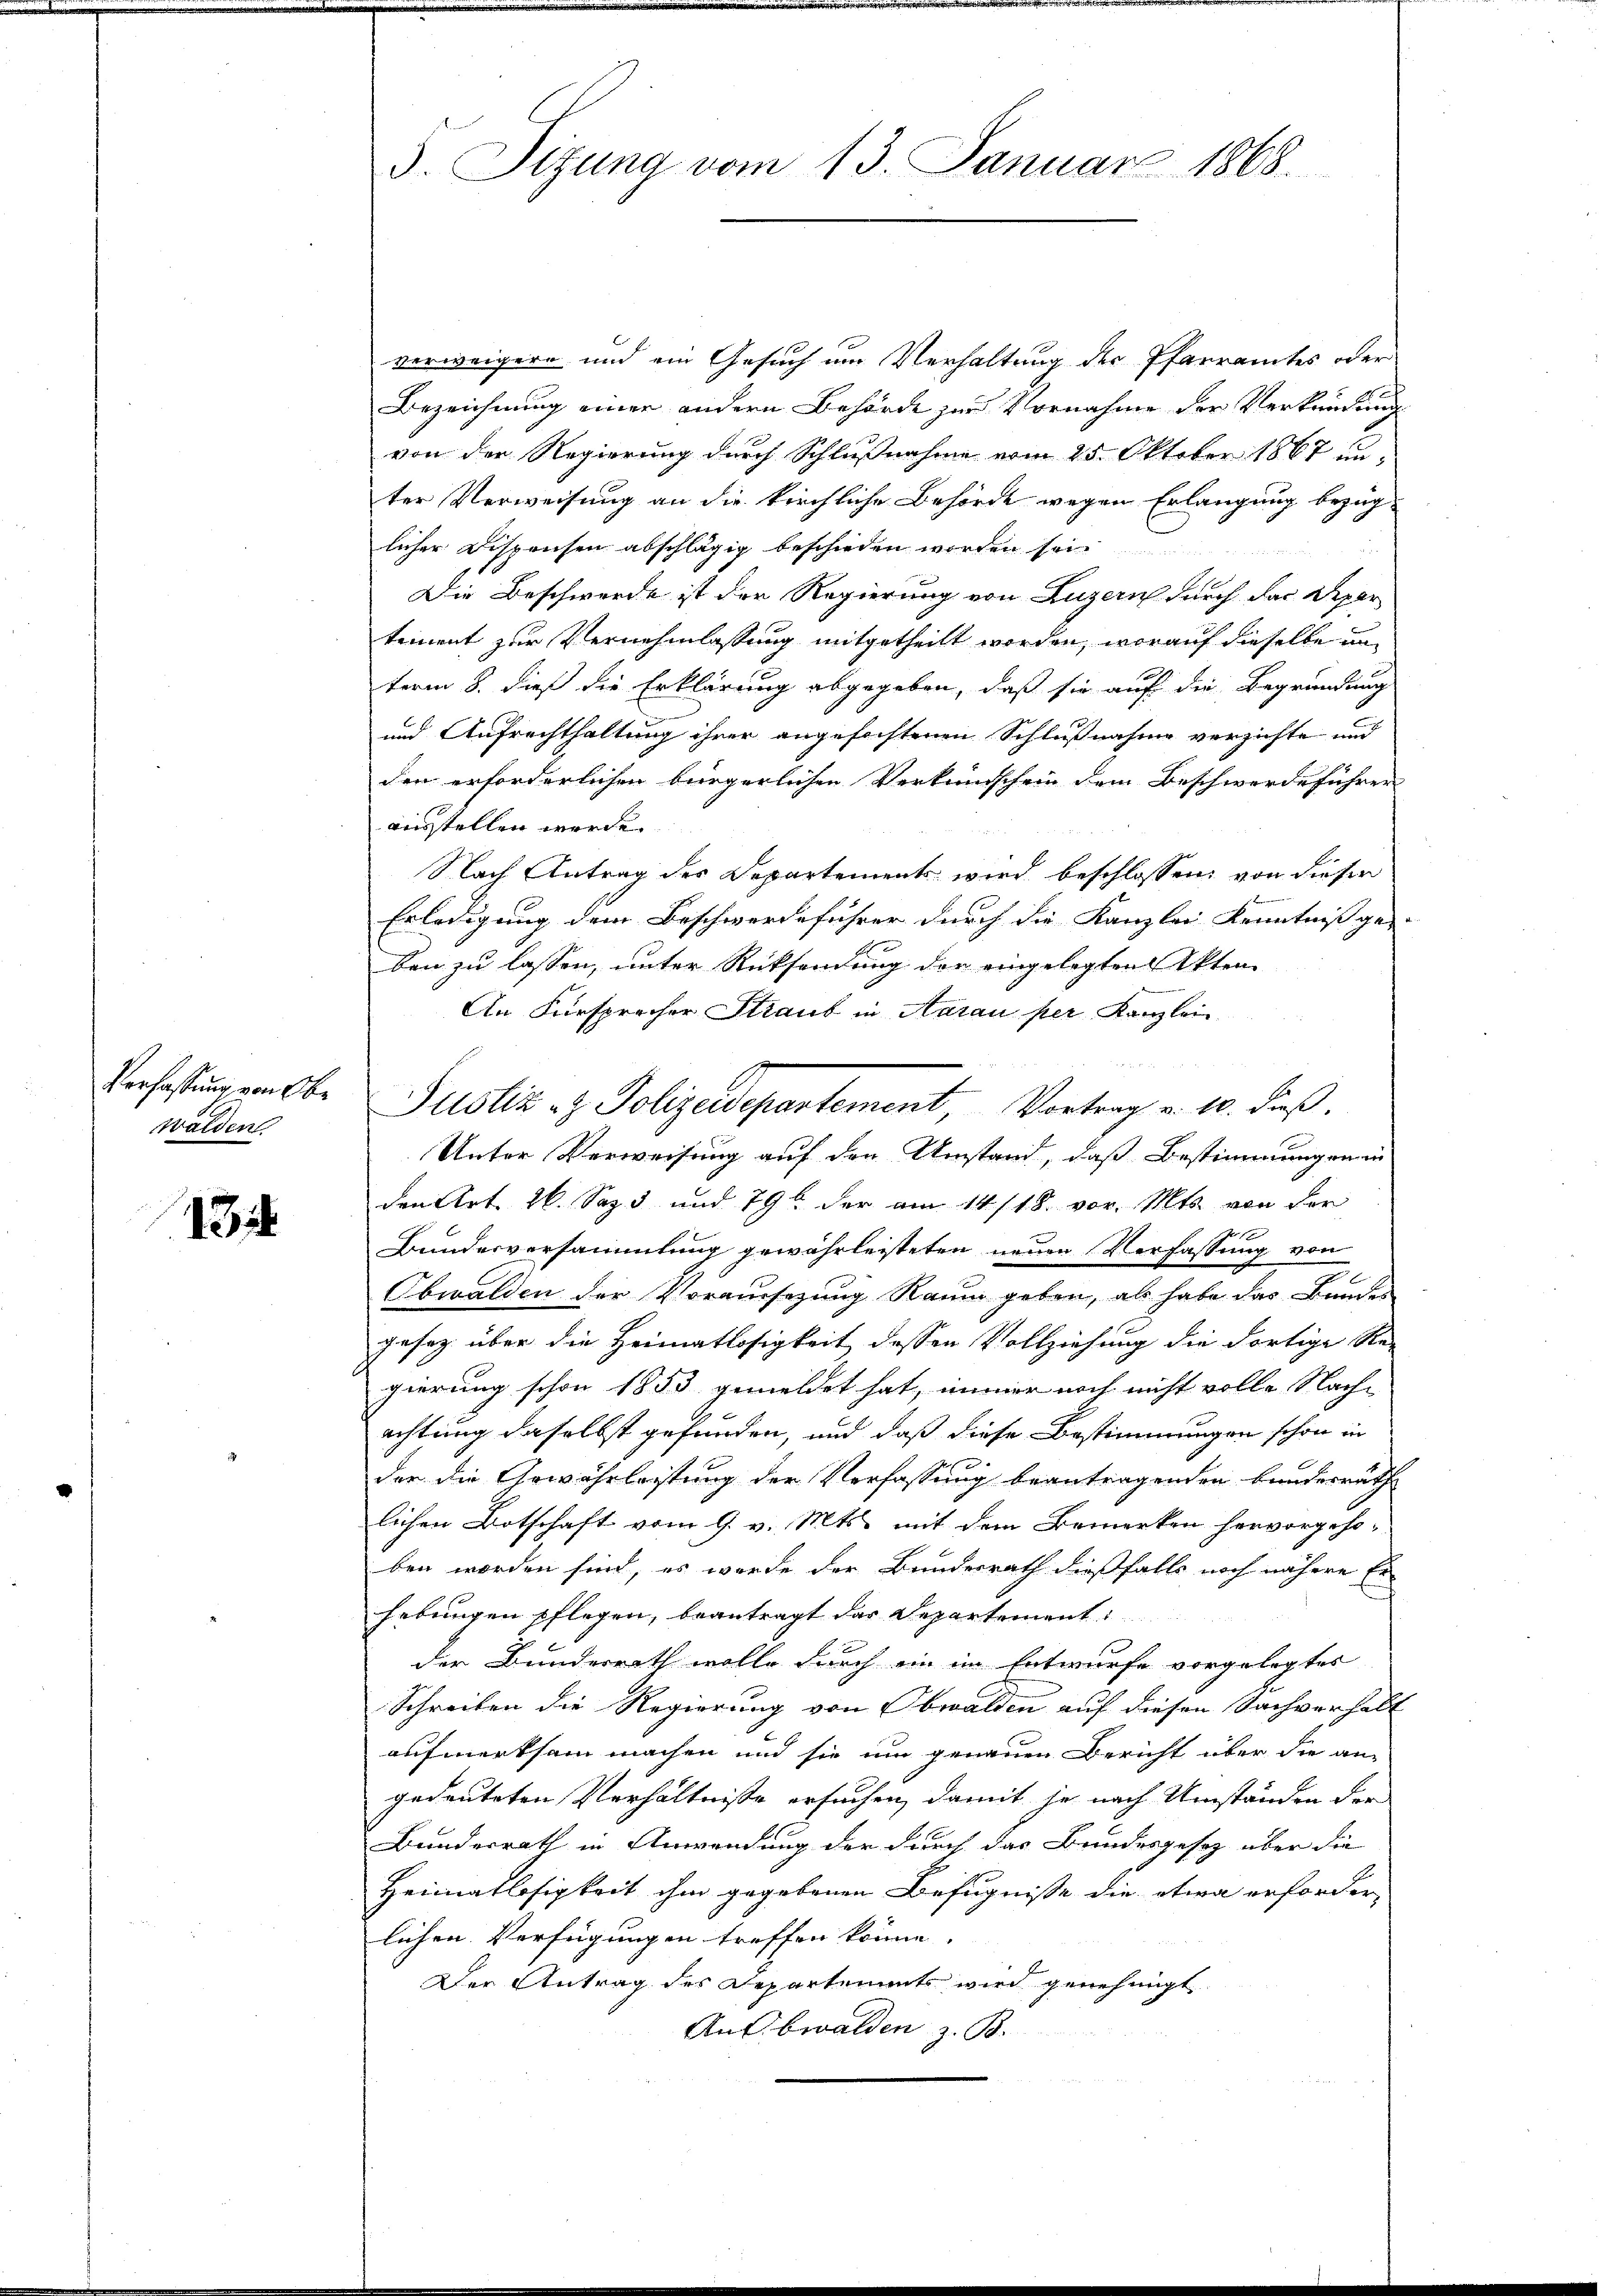
Verfassung von Obe
waldent.

134

5. Sitzung vom 13. Januar 1868.

verweigern und ein Gesuch um Verhaltung der Pfarramtes oder
Bezeichnung einer andern Behörde zur Vornahme der Verkennung
von der Regierung durch Schlußnahme vom 25. Oktober 1867 u.
ter Verweisung an die kirchliche Behörde wegen Erlangung bezüg-
licher Dispensen abschlägig beschieden worden sein

Die Beschwerde ist der Regierung von Luzern durch das Depar
tement zur Vernehmlassung mitgetheilt worden, worauf dieselbe unterm 8. dieß die Erklärung abgegeben, daß sie auf die Begründung
und Aufrechthaltung ihrer angefochtenen Schlußnahme verzichte und
den erforderlichen bürgerlichen Verkündschein dem Beschwerdeführen |
ausstellen werde.
Nach Antrag des Departements wird beschlossen, von dieser
Erledigung dem Beschwerdeführer durch die Kanzlei Kenntniss ge- |
ben zu lassen, unter Rücksendung der eingelegten Akten
An Fürsprecher Straub in Aarau per Kanzlei
Justiz - Polizeidepartement, Vortrag v. 10. dieß.
Unter Verweisung auf den Umstand, daß Bestimmungen in
den Art. 26. Sep. 3 und 79 der am 14./18. vor. Mts. von der
Bundesversammlung gewährleisteten neuen Verfassung von
Obwalden der Voraussezung Raum geben, als habe das Bundes
gesetz über die Heimatlosigkeit dessen Vollziehung die dortige Re-
gierung schon 1853 gemeldet hat, immer noch nicht volle Nach-
achtung daselbst gefunden, und daß diese Bestimmungen schon in
der die Gewährleistung der Verfassung beantragenden Bundesräth
lichen Botschaft vom 9. v. Mts. mit dem Bemerken hervorgehoben worden sind, es werde der Bundesrath dießfalls noch nähere Er-
hebungen pflegen, beantragt das Departement:
der Bunderrath wolle durch ein in Entwurfe vorgelegtes
Schreiben die Regierung von Obwalden auf diesen Sachverhält
aufmerksam machen und sie um genauen Bericht über die an-
gedeuteten Verhältnisse ersuchen, damit je nach Umständen der
Bundesrath in Anwendung der durch das Bundesgesetz über die
Heimatlosigkeit ihm gegebenen Befugnisse die etwa erforder
lichen Verfügungen treffen könne.
Der Antrag des Departements wird genehmigt
An Obwalden z. B.